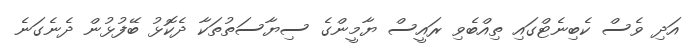
އަދި ވެސް ކެބިނެޓްގައި ތިއްބެވި ރައީސް ޔާމީންގެ ސިޔާސަތުތަކާ ދެކޮޅު ބޭފުޅުން ދެނެގަނެ